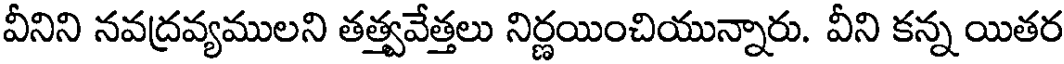
వీనిని నవద్రవ్యములని తత్త్వవేత్తలు నిర్ణయించియున్నారు. వీని కన్న యితర